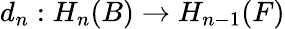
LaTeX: d_{n}:H_{n}(B)\to H_{n-1}(F)